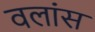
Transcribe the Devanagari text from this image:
वलांस